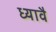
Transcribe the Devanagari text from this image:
ध्यावै